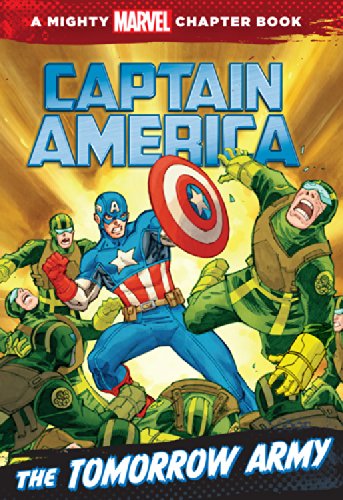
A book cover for Captain America: The Tomorrow Army: A Marvel Chapter Book; Michael Siglain; Children's Books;